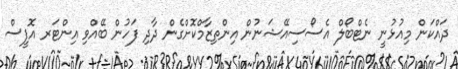
ދައްކަން މިއުޅުނީ ނެޓްބޯލް އެސޯސިއޭޝަނުން އިންތިޒާމްކޮށްގެން ދާދި ފަހުން ބޭއްވި އިންޓަރ އޮފީސް